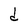
Character: S